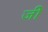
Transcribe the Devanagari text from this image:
जीे